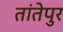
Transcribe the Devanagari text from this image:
तांतेपुर